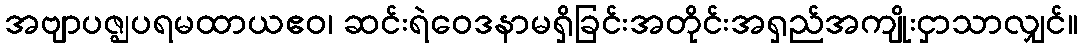
အဗျာပဇ္ဈပရမထာယဧဝ၊ ဆင်းရဲဝေဒနာမရှိခြင်းအတိုင်းအရှည်အကျိုးငှာသာလျှင်။